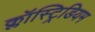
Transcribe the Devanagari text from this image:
क्लॉस्ट्रिडियम